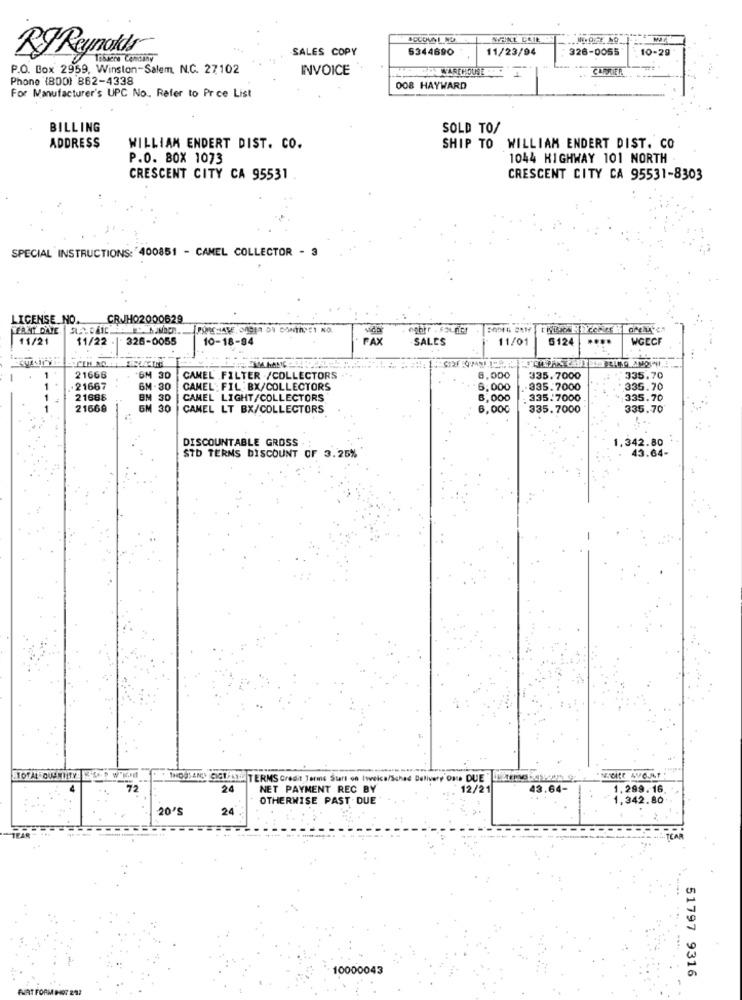
SCCOVAL NO
RJ Reynolds
SALES COPY
5344690
11/23/94
326-0055
10-29
Tobueno Comoany
P.O. Box 2959, Winston-Salem. N.C. 27102
INVOICE
Phone (800) 862-4338
--
008 HAYWARD
For Manufacturer's UPC No ., Refer to Price List
BILLING
SOLD TO/
ADDRESS
WILLIAM ENDERT DIST. CO.
SHIP TO WILLIAM ENDERT DIST. CO
P.O. BOX 1073
1044 HIGHWAY 101 NORTH
CRESCENT CITY CA 95531
CRESCENT CITY CA 95531-8303
SPECIAL INSTRUCTIONS:'400851 - CAMEL COLLECTOR - 3
LICENSE_NO.
CRJH02000629
ERNY DATE
11/21
11/22
326-0055
10-18-94
FAX
SALES
11/01
6124
...
WGECF
21666
GM 30
CAMEL FILTER /COLLECTORS
6.000
335.7000
335.70
.21667
6M - 30
CAMEL: FIL:BX/COLLECTORS
6,000
.335.7000
335.70
21688
BM 30
CAMEL LIGHT/COLLECTORS
8,000
. 335.7000
335.70
21669
6M 30
CAMEL LT BX/COLLECTORS
6,000
335.7000
335.70
DISCOUNTABLE GROSS
1.342.80
43.64-
STD TERMS DISCOUNT OF 3.25%
TOTAL OUENTITY ESOP W'KOMMT
THOUSANDS CIST SLIK TERMS Credit Terme Start on Iwweice/Schad Delivery ON. DUE"
72
24
NET PAYMENT REC BY
12/21
43.64-
1.299.16
OTHERWISE PAST DUE
1,342.80
20'S
24
CAR
10000043
51797 9316